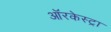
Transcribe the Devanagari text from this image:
ऑरकेस्ट्रा